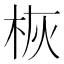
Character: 𪲄